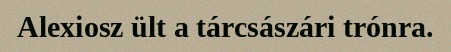
Alexiosz ült a tárcsászári trónra.